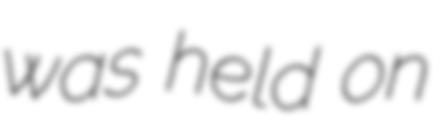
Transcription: was held on